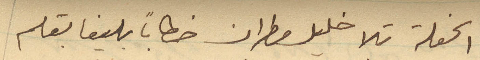
الحفلة تلا خليل مطران خطاباً بليغا بقلم